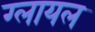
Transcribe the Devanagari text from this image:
ग्लायल